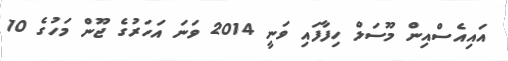
އައިއެސްއިން މޫސަލް ހިފާފައި ވަނީ 2014 ވަނަ އަހަރުގެ ޖޫން މަހުގެ 10